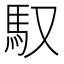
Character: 馭